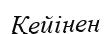
Кейінен